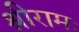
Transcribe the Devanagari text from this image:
श्रीरामः